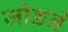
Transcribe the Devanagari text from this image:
जोङने